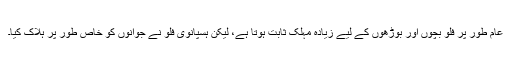
عام طور پر فلو بچوں اور بوڑھوں کے لیے زیادہ مہلک ثابت ہوتا ہے، لیکن ہسپانوی فلو نے جوانوں کو خاص طور پر ہلاک کیا۔